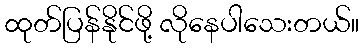
ထုတ်ပြန်နိုင်ဖို့ လိုနေပါသေးတယ်။